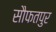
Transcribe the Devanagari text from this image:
सौफतपुर